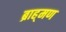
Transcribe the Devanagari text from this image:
ब्राह्‌मण